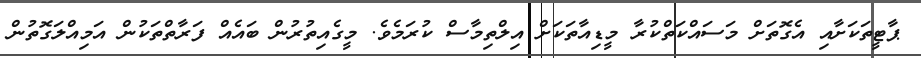
ޕާޓީތަކަށާއި އެގޮތަށް މަސައްކަތްކުރާ މީޑިއާތަކަށް އިލްތިމާސް ކުރަމެވެ. މީގެއިތުރުން ބައެއް ފަރާތްތަކުން އަމިއްލަގޮތުން